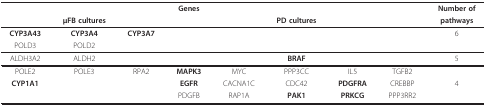
<table><thead><tr><td></td><td></td><td></td><td><b>Genes</b></td><td></td><td></td><td></td><td></td><td><b>Number of</b></td></tr><tr><td></td><td><b>μFB cultures</b></td><td></td><td></td><td></td><td><b>PD cultures</b></td><td></td><td></td><td><b>pathways</b></td></tr></thead><tbody><tr><td><b>CYP3A43</b></td><td><b>CYP3A4</b></td><td><b>CYP3A7</b></td><td></td><td></td><td></td><td></td><td></td><td>6</td></tr><tr><td>POLD3</td><td>POLD2</td><td></td><td></td><td></td><td></td><td></td><td></td><td></td></tr><tr><td>ALDH3A2</td><td>ALDH2</td><td></td><td></td><td></td><td><b>BRAF</b></td><td></td><td></td><td>5</td></tr><tr><td>POLE2</td><td>POLE3</td><td>RPA2</td><td><b>MAPK3</b></td><td>MYC</td><td>PPP3CC</td><td>IL5</td><td>TGFB2</td><td></td></tr><tr><td><b>CYP1A1</b></td><td></td><td></td><td><b>EGFR</b></td><td>CACNA1C</td><td>CDC42</td><td><b>PDGFRA</b></td><td>CREBBP</td><td>4</td></tr><tr><td></td><td></td><td></td><td>PDGFB</td><td>RAP1A</td><td><b>PAK1</b></td><td><b>PRKCG</b></td><td>PPP3RR2</td><td></td></tr></tbody></table>